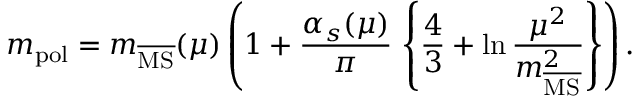
m _ { \mathrm { p o l } } = m _ { \overline { { { \mathrm { M S } } } } } ( \mu ) \left( 1 + \frac { \alpha _ { s } ( \mu ) } { \pi } \, \left\{ \frac { 4 } { 3 } + \ln \frac { \mu ^ { 2 } } { m _ { \overline { { { \mathrm { M S } } } } } ^ { 2 } } \right\} \right) .